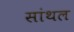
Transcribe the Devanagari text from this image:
सांथल